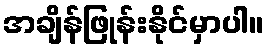
အချိန်ဖြုန်းနိုင်မှာပါ။